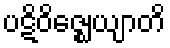
ပဋိဝိဇ္ဈေယျာတိ